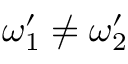
\omega _ { 1 } ^ { \prime } \neq \omega _ { 2 } ^ { \prime }